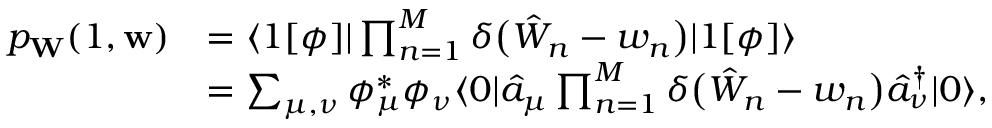
\begin{array} { r l } { p _ { \mathbf { W } } ( 1 , \mathbf { w } ) } & { = \langle 1 [ \phi ] | \prod _ { n = 1 } ^ { M } \delta \bigl ( \hat { W } _ { n } - w _ { n } \bigr ) | 1 [ \phi ] \rangle } \\ & { = \sum _ { \mu , \nu } \phi _ { \mu } ^ { * } \phi _ { \nu } \langle 0 | \hat { a } _ { \mu } \prod _ { n = 1 } ^ { M } \delta \bigl ( \hat { W } _ { n } - w _ { n } \bigr ) \hat { a } _ { \nu } ^ { \dagger } | 0 \rangle , } \end{array}